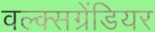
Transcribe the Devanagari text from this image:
वल्क्सग्रेंडियर